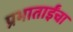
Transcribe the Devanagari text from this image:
प्रभाताईंचा